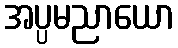
အပ္ပမညာယော